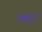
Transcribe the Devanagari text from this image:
वक्‍तॄत्‍व